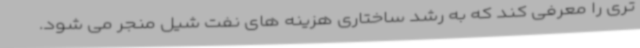
تری را معرفی کند که به رشد ساختاری هزینه های نفت شیل منجر می شود.